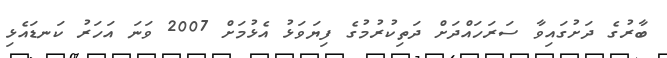
ބާރުގެ ދަށުގައިވާ ސަރަހައްދަށް ދަތިކުރުމުގެ ފިޔަވަޅު އެޅުމަށް 2007 ވަނަ އަހަރު ކަނޑައެޅި